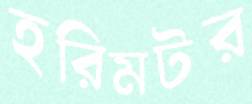
হরিমটর